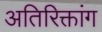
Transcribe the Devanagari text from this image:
अतिरिक्तांग